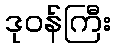
ဒုဝန်ကြီး